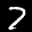
Label: 7